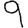
Digit: 9